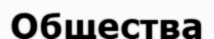
Общества